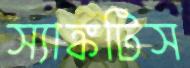
স্যাঙ্কটিস